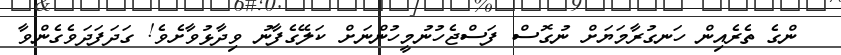
ންގެ ތެރެއިން ހަނގުރާމަޔަށް ނުގޮސް ފަސްޖެހުނުމީހުންނަށް ކަލޭގެފާނު ވިދާޅުވާށެވެ! ގަދަފަދަވެގެންވާ